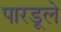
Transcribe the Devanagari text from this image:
पारडूले